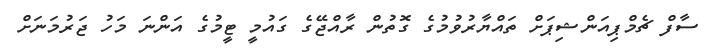
ސާފް ޗެމްޕިއަންޝިޕަށް ތައްޔާރުވުމުގެ ގޮތުން ރާއްޖޭގެ ގައުމީ ޓީމުގެ އަންނަ މަހު ޖަރުމަނަށް